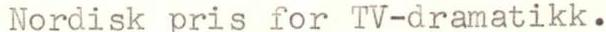
Nordisk pris for TV-dramatikk.